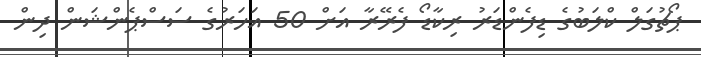
ޕޯޗުގަލް ކްލަބުގެ ޑިފެންޑަރު ރިކާޑޯ ފެރޭރާ އަށް 50 އަހަރުގެ ސަސްޕެންޝަން ދިން